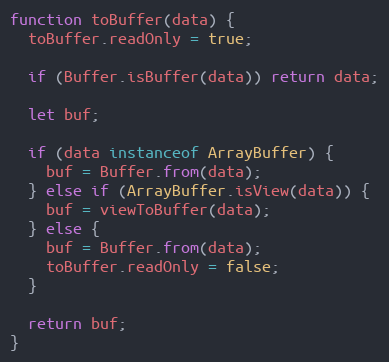
Language: JavaScript
function toBuffer(data) {
  toBuffer.readOnly = true;

  if (Buffer.isBuffer(data)) return data;

  let buf;

  if (data instanceof ArrayBuffer) {
    buf = Buffer.from(data);
  } else if (ArrayBuffer.isView(data)) {
    buf = viewToBuffer(data);
  } else {
    buf = Buffer.from(data);
    toBuffer.readOnly = false;
  }

  return buf;
}